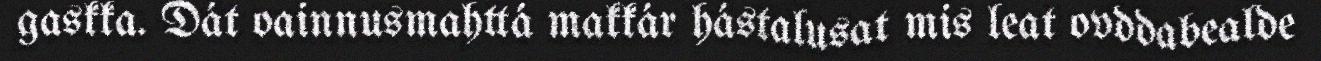
gaskka. Dát oainnusmahttá makkár hástalusat mis leat ovddabealde